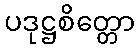
ပဒုဋ္ဌစိတ္တော